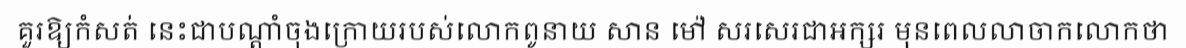
គួរឱ្យកំសត់ នេះជាបណ្តាំចុងក្រោយរបស់លោកពូនាយ សាន ម៉ៅ សរសេរជាអក្សរ មុនពេលលាចាកលោកថា